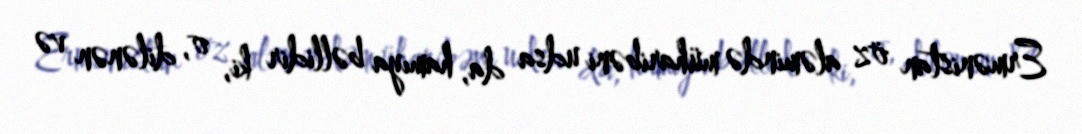
Ermənistan öz aləmində müharibəni udsa da, hamıya bəllidir ki, o, dilənən və